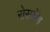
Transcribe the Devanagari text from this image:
रोसबॅश